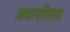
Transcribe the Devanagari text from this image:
अधारशिला